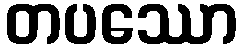
တပဿော